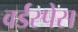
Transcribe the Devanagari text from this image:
वर्डस्पेस